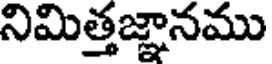
నిమిత్తజ్ఞానము